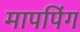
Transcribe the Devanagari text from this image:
मापपिंग